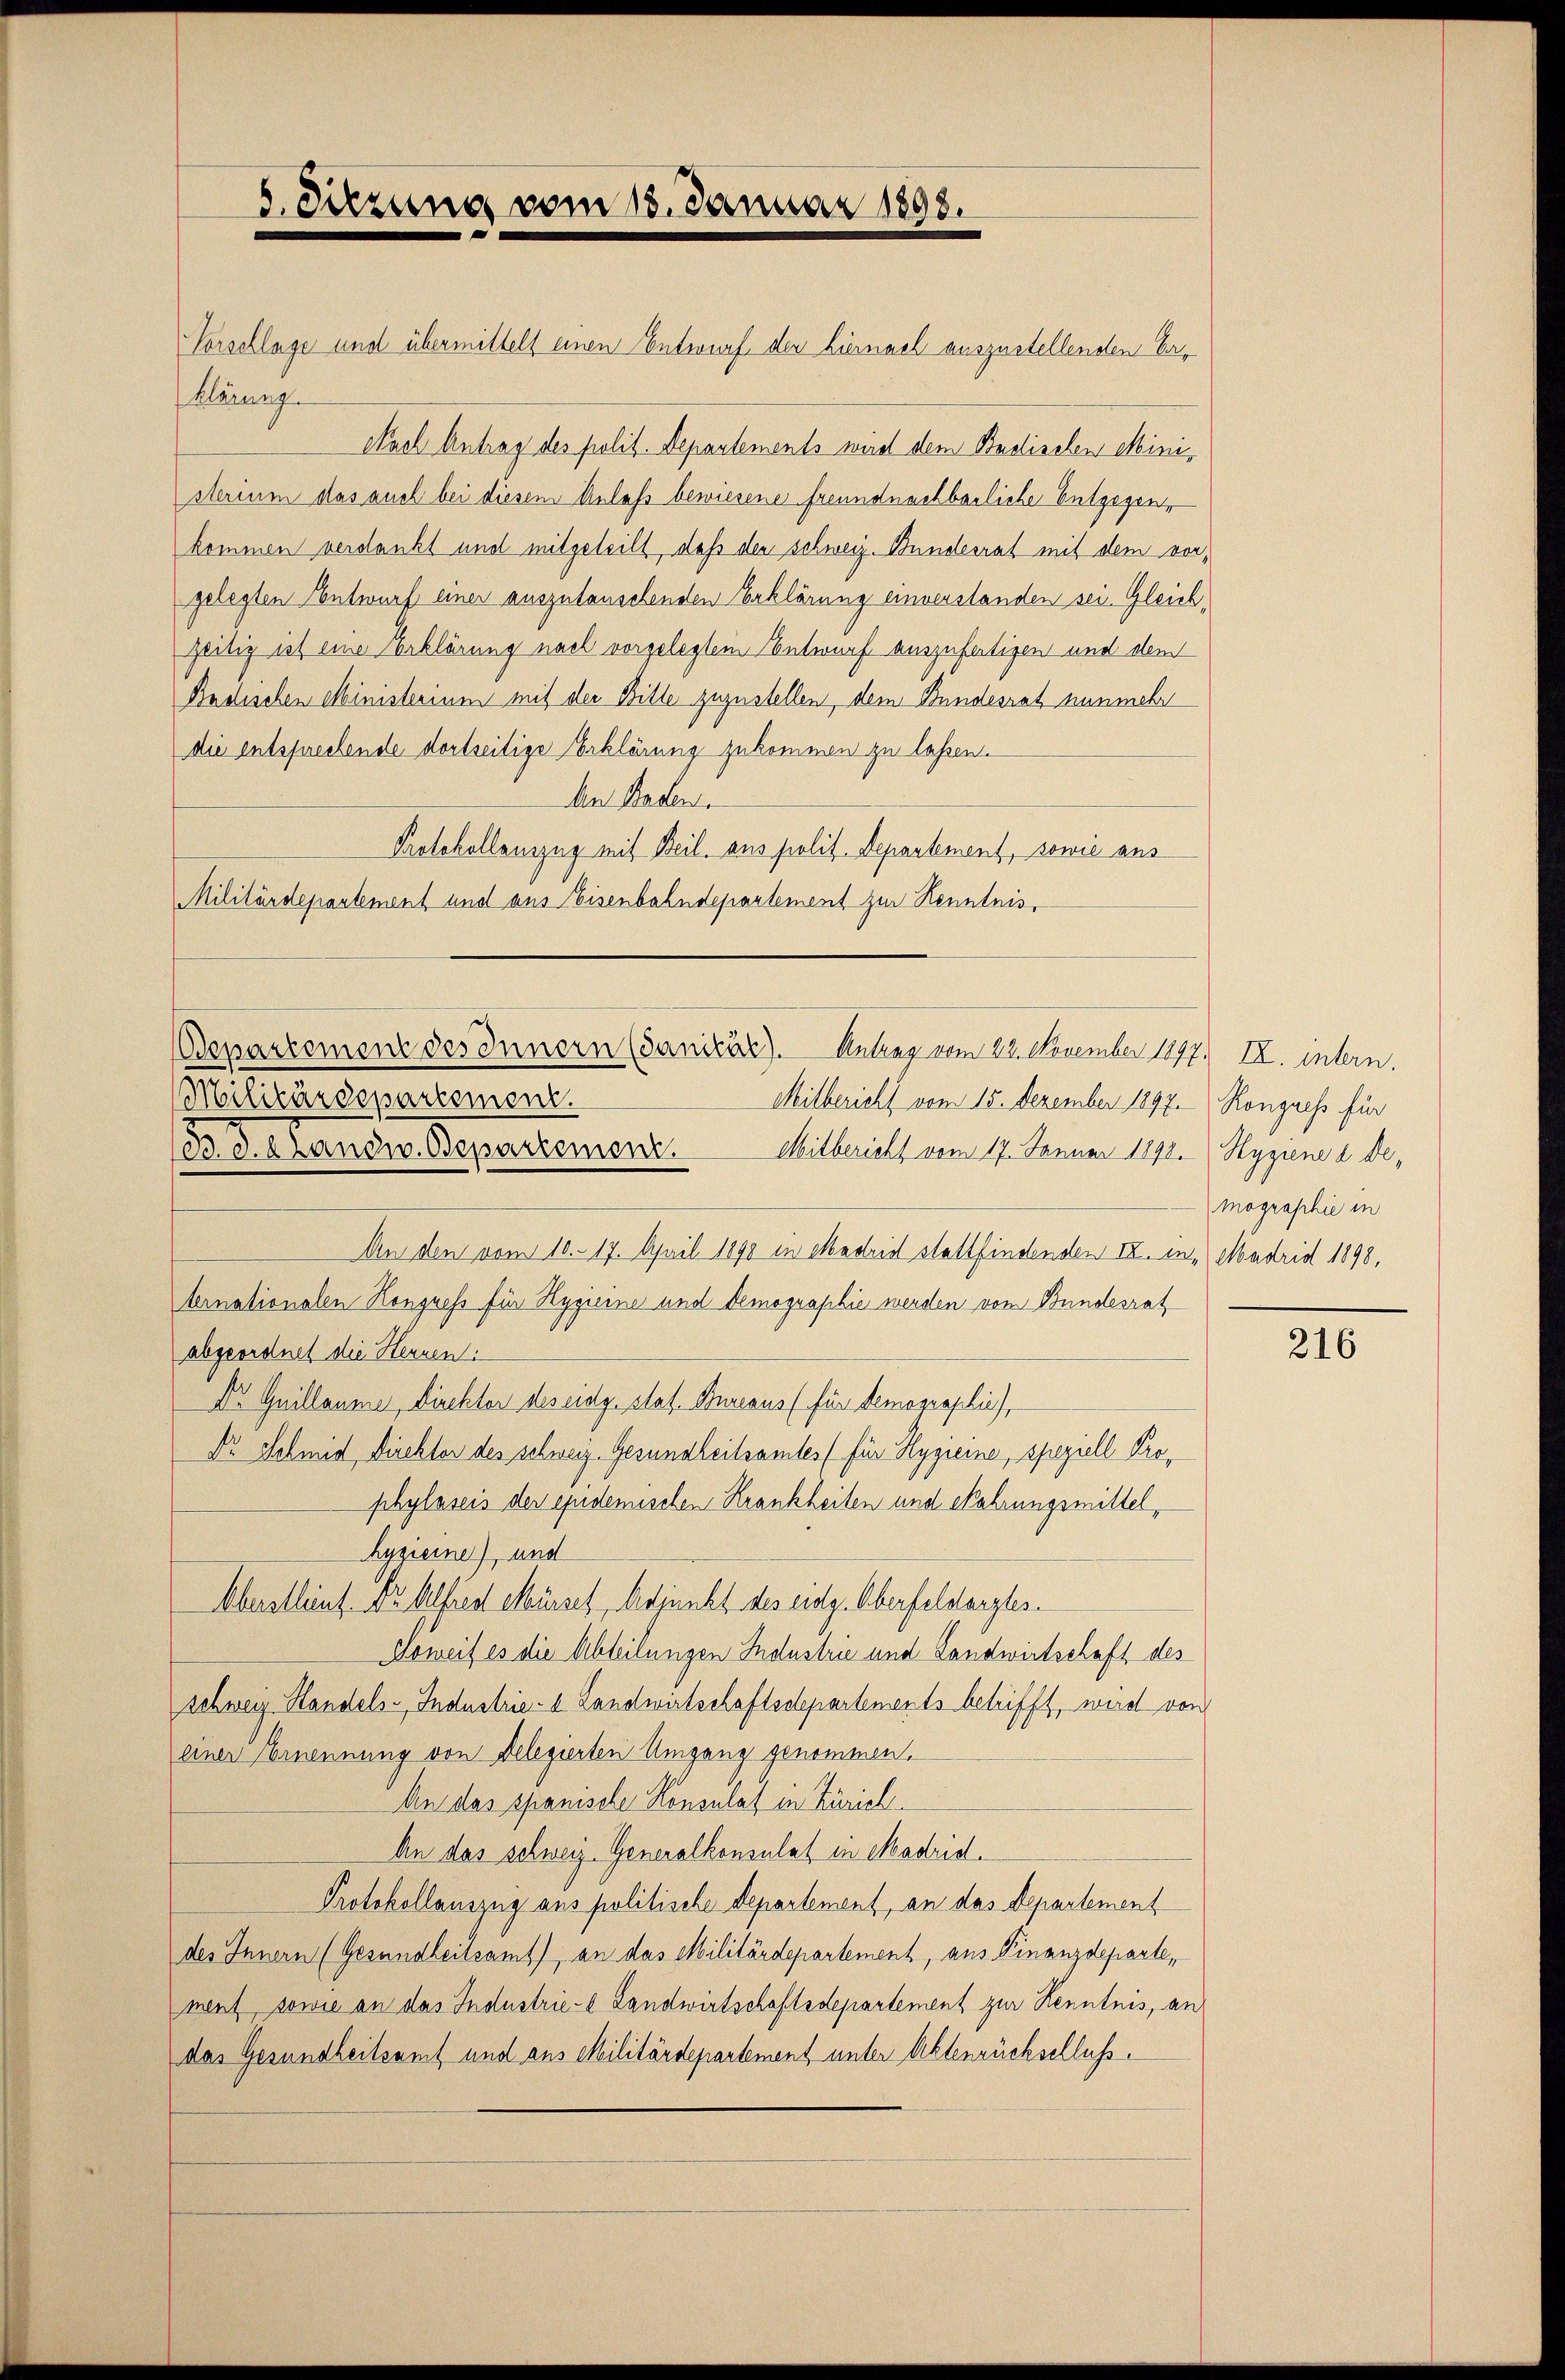
Vorschlage und übermittelt einen Entwurf der hiernach auszustellenden Erklärung.
Nach Antrag des polit. Departements wird dem Badischen Ministerium das auch bei diesem Anlaß bewiesene freundnachbarliche Entgegen,
kommen verdankt und mitgeteilt, daß den schweiz. Bundesrat mit dem vorgelegten Entwurf einer auszulanschenden Erklärung einverstanden sei. Gleichzeitig ist eine Erklärung nach vorgelegtem Entwurf auszufertigen und dem
Badischen Ministerium mit der Bitte zuzustellen, dem Bundesrat nunmehr
die entsprechende dortseitige Erklärung zukommen zu lassen.
An Baden.
Protokollauszug mit Beil. aus polit. Departement, sowie aus
Militärdepartement und aus Eisenbahndepartement zur Kenntnis,
Militärdepartement.
B. d. Landw. Bepartemenz. Mitbericht vom 17. Januar 1898.) Hygiene a de-
An den vom 10. 17. April 1890 in Madrid stattfindenden II. in „Madrid 1898,
ternationalen Kongress für Hygieine und Demographie werden vom Bundesrat
abgeordnet die Herren
Dr Guillaume, Direktor des eidg. Stat. Bureaus für demographie,
Dr. Schmid, Direktor des schweiz. Gesundheitsamtes für Hygienne, speziell Prophylaseis der epidemischen Krankheiten und Nahrungsmittel,
hypisine) und
Oberstent Dr. Alfred Mürsch, Adjunkt des eidg. Überfeldergles
Soweit es die Abteilungen Industrie und Landwirtschaft des
schweiz Handels-Industrie- & Landwirtschaftsdepartements betrifft, wird von
einer Ernennung von Delegierten Umgang genommen.
An das spanische Konsulat in Zürich¬
An das schweiz. Generalkonsulat in Madrid.
Protokollauszug aus politische Departement, an das Departement
des Innern (Gesundheitsamt), an das Militärdepartement, aus Finanzdeparte,
ment, sowie an das Industrie- Landwirtschaftsdepartement zur Kenntnis, an
das Gesundheitsamt und aus Militärdepartement unter Aktenrückschluß.

5. Sitzung vom 18. Januar 1898.

epartement des Innern (danicir). Antrag vom 22. November 1897. II. intern.
Mitbericht vom 15. Dezember 1897. Kongress für

mographie in

216